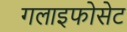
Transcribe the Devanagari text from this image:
गलाइफोसेट